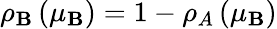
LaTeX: \rho_{\mathbf{B}}\left(\mu_{\mathbf{B}}\right)=1-\rho_{A}\left(\mu_{\mathbf{B}}\right)